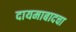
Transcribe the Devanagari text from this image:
दायमाबादचा